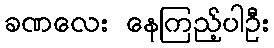
ခဏလေး နေကြည့်ပါဦး